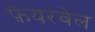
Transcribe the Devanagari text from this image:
फ़ेयरवेल